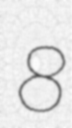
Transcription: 8